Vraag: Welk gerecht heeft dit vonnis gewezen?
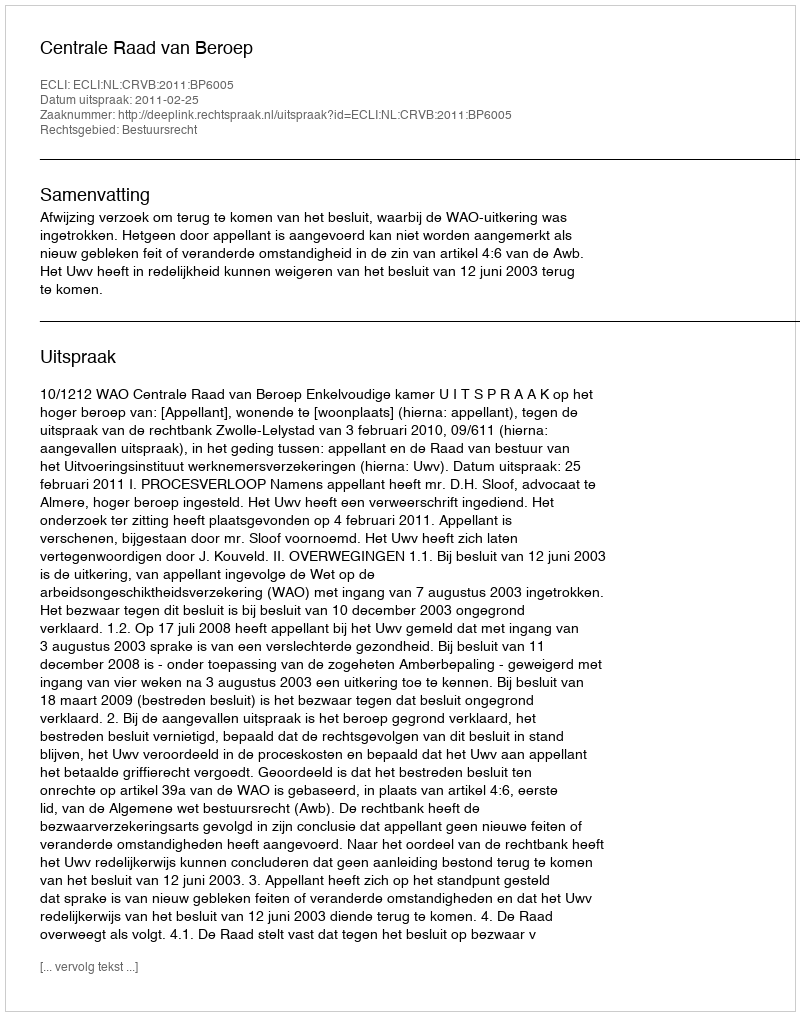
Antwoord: Centrale Raad van Beroep